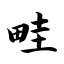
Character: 畦